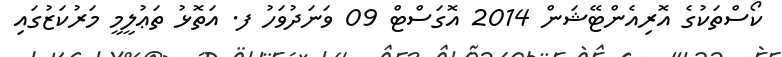
ކޯސްތަކުގެ އޮރިއެންޓޭޝަން 2014 އޮގަސްޓް 09 ވަނަދުވަހު ފ. އަތޮޅު ތަޢުލީމީ މަރުކަޒުގައި